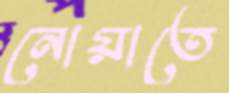
নোয়াতে